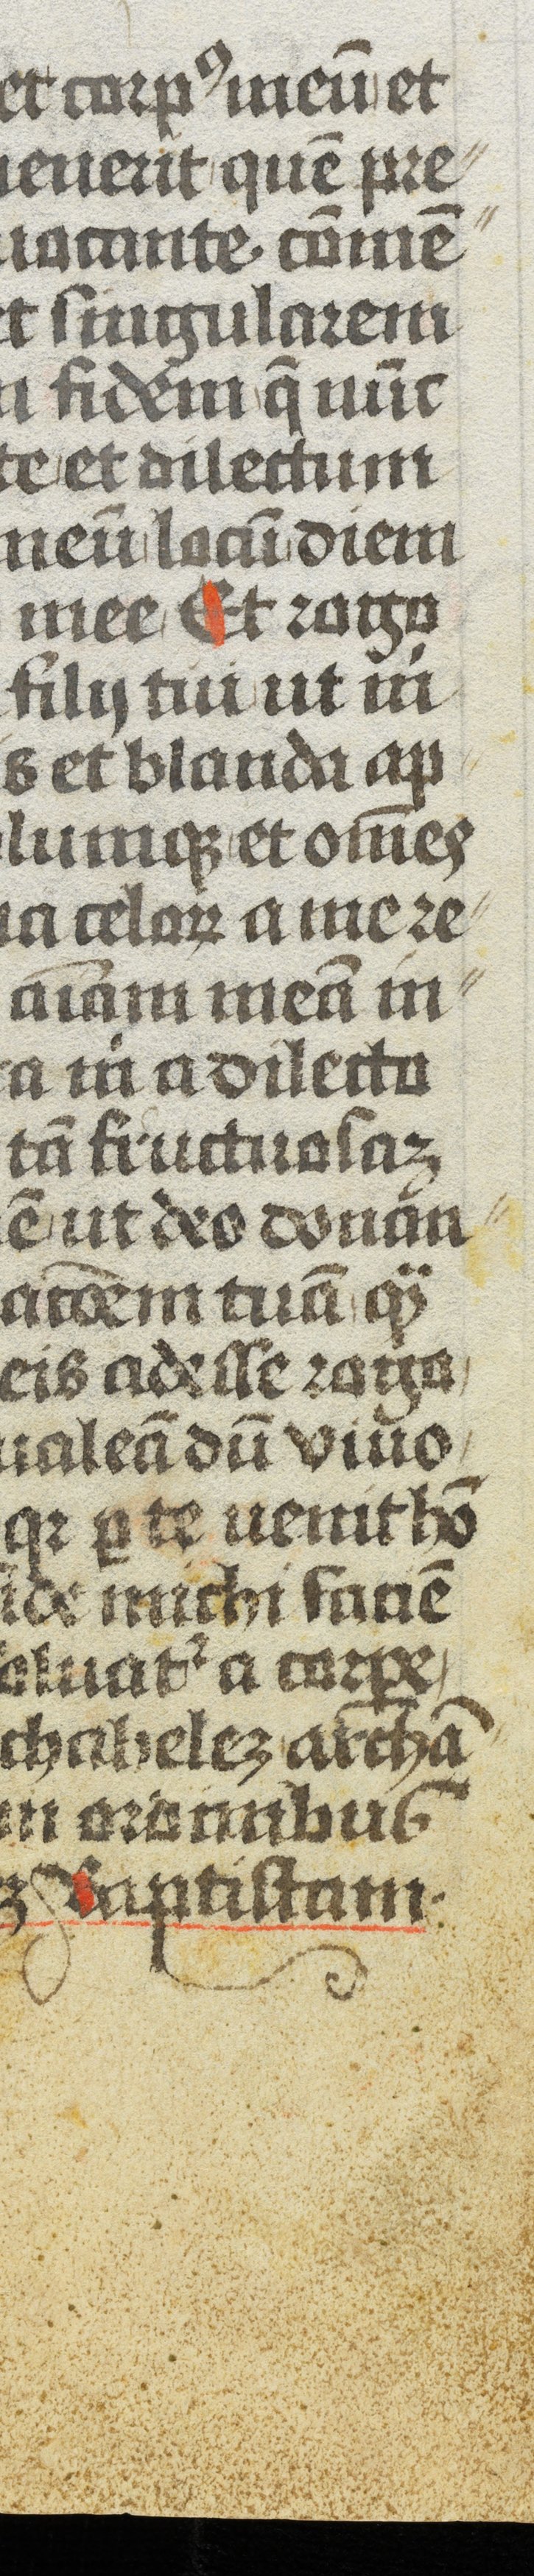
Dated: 1472–1472